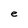
Character: e